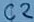
Text: C2